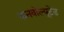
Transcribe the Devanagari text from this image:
कनवोल्यूटेड